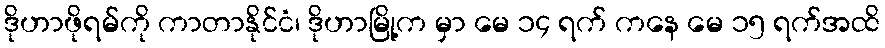
ဒိုဟာဖိုရမ်ကို ကာတာနိုင်ငံ၊ ဒိုဟာမြို့က မှာ မေ ၁၄ ရက် ကနေ မေ ၁၅ ရက်အထိ